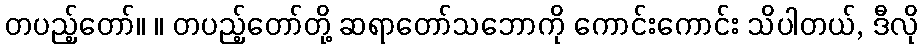
တပည့်တော်။ ။ တပည့်တော်တို့ ဆရာတော်သဘောကို ကောင်းကောင်း သိပါတယ်, ဒီလို